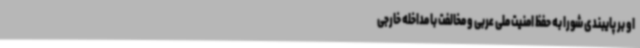
او بر پایبندی شورا به حفظ امنیت ملی عربی و مخالفت با مداخله خارجی